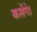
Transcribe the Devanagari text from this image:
कसेंगे।